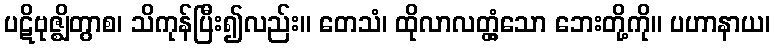
ပဋိဗုဇ္ဈိတွာစ၊ သိကုန်ပြီး၍လည်း။ တေသံ၊ ထိုလာလတ္တံ့သော ဘေးတို့ကို။ ပဟာနာယ၊